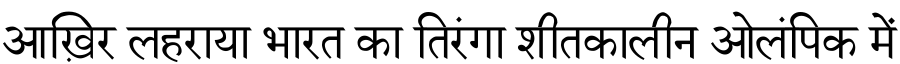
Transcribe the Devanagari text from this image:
आख़िर लहराया भारत का तिरंगा शीतकालीन ओलंपिक में